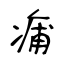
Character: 痡